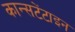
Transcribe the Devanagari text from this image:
कान्सटेंटाइन